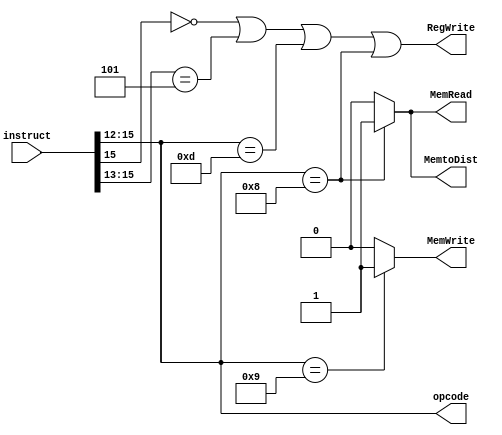
module controller(instruct,MemWrite,MemRead,RegWrite,MemtoDist,opcode);

input [15:0] instruct;

output MemWrite, MemRead,RegWrite, MemtoDist;
output [3:0] opcode;


assign RegWrite = ((instruct[15] == 0) | (instruct[15:13] == 3'b101) | (instruct[15:12] == 4'b1101)|(instruct[15:12]==4'b1000));
assign MemWrite = (instruct[15:12] == 4'b1001)? 1:0;
assign MemRead = (instruct[15:12] == 4'b1000)? 1:0;
assign MemtoDist = (instruct[15:12]==4'b1000)? 1:0;//result from alu? pass 0 else pass 1
assign opcode = instruct[15:12];


endmodule